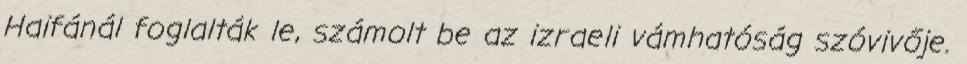
Haifánál foglalták le, számolt be az izraeli vámhatóság szóvivője.